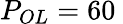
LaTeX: P_{OL}=60\